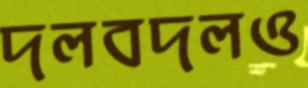
দলবদলও